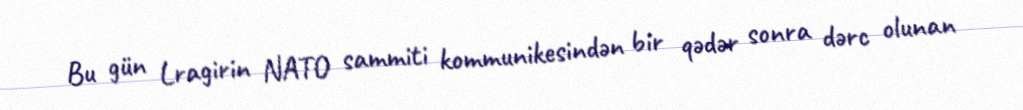
Bu gün Lragirin NATO sammiti kommunikesindən bir qədər sonra dərc olunan